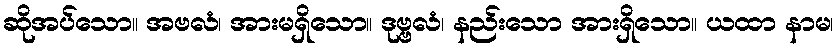
ဆိုအပ်သော။ အဗလံ၊ အားမရှိသော။ ဒုဗ္ဗလံ၊ နည်းသော အားရှိသော။ ယထာ နာမ၊